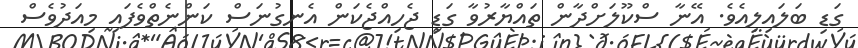
ގަޑި ބަލައިލިއެވެ. އޭނާ ސްކޫލަށްދާން ތައްޔާރުވާ ގަޑި ޖެހިއްޖެކަން އެނގުނަސް ކަންނެތްވެފައި މިއަދުވެސް